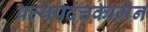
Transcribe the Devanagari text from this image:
प्रत्यपदत्तकामेन